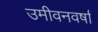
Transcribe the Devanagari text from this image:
उमीवनवर्षा